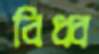
বিধ্ব